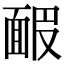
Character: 𩈝